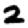
Digit: 2